Lunatic asylums Central Provinces reports 1895-1909 - 1895-1909
Year: 1895
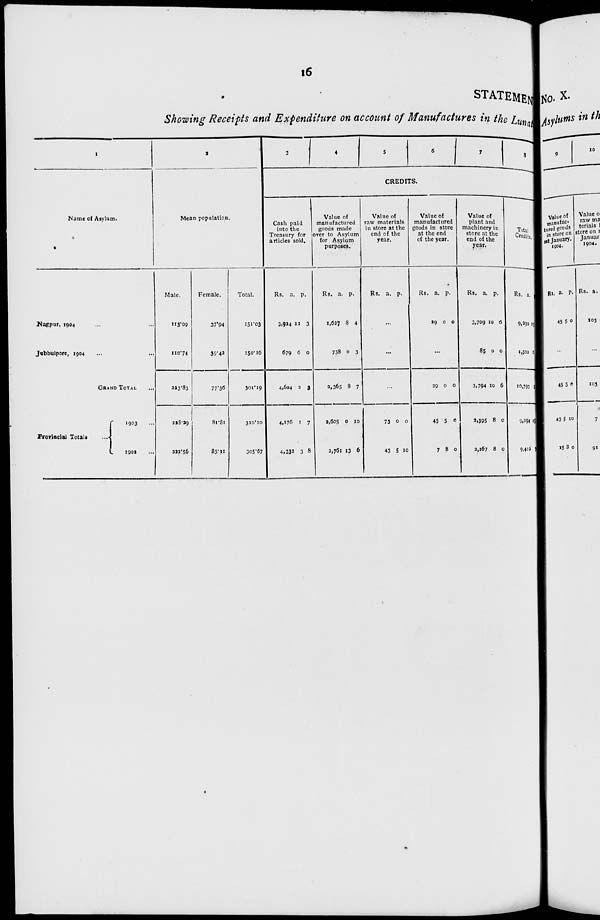
16
STATEMEN
Showing Receipts and Expenditure on account of Manufactures in the Lunat
1
Name of Asylum.
Nagpur, 1904 ... ...
Jubbulpore, 1904 ... ...
GRAND TOTAL ...
Provincial Totals ...
1903 ...
1902 ...
2
Mean population.
Male.
113.09
110.74
223.83
228.29
222.56
Female.
37.94
39.42
77.36
81.81
83.11
Total.
151.03
150.16
301.19
310.10
305.67
3
4
5
6
7
8
CREDITS.
Cash paid
into the
Treasury for
articles sold.
Rs.
3,924
679
4,604
4.176
4,332
a.
12
6
2
1
3
p.
3
0
3
7
8
Value of
manufactured
goods made
over to Asylum
for Asylum
purposes.
Rs.
1,627
738
2,365
2,605
2,761
a.
8
0
8
0
13
p.
4
3
7
10
6
Value of
raw materials
in store at the
end of the
year.
Rs.
a.
p.
...
...
...
73
43
0
5
0
10
Value of
manufactured
goods in store
at the end
of the year.
Rs.
29
a.
0
p.
0
...
29
45
7
0
5
8
0
0
0
Value of
plant and
machinery in
store at the
end of the
year.
Rs.
3,709
85
3,794
2,395
2,267
a.
10
0
10
8
8
p.
6
0
6
0
0
Total
Credits.
Rs.
9,290
1,502
10,793
9,294
9,412
a.
15
6
5
11